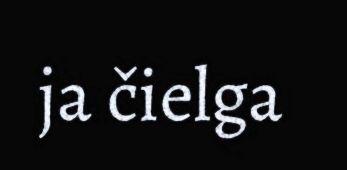
ja čielga